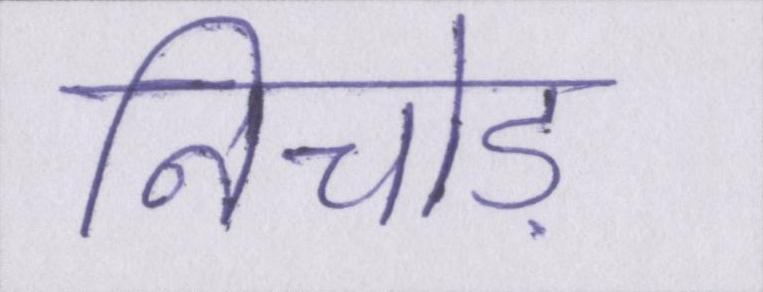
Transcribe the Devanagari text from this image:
निचोड़